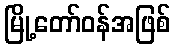
မြို့တော်ဝန်အဖြစ်